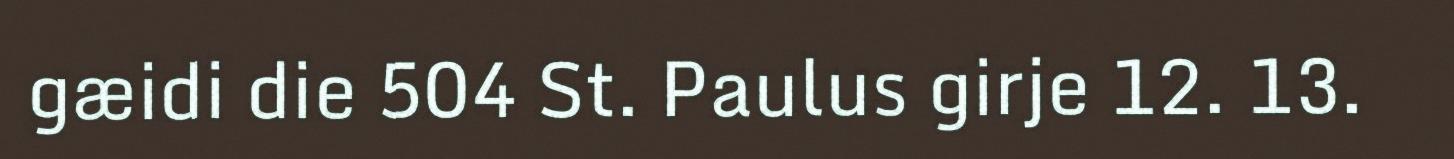
gæidi die 504 St. Paulus girje 12. 13.